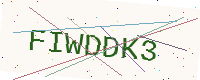
Text: FIWDDK3